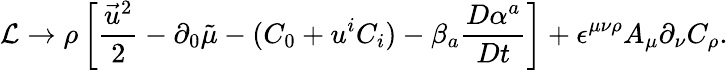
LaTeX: {\cal L}\rightarrow\rho\left[\frac{\vec{u}^{2}}{2}-\partial_{0}\tilde{\mu}-(C_{0}+u^{i}C_{i})-\beta_{a}\frac{D\alpha^{a}}{Dt}\right]+\epsilon^{\mu\nu\rho}A_{\mu}\partial_{\nu}C_{\rho}.